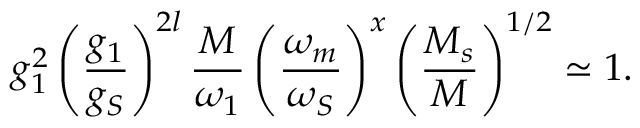
g _ { 1 } ^ { 2 } \left( \frac { g _ { 1 } } { g _ { S } } \right) ^ { 2 l } \frac M { \omega _ { 1 } } \left( \frac { \omega _ { m } } { \omega _ { S } } \right) ^ { x } \left( \frac { M _ { s } } { M } \right) ^ { 1 / 2 } \simeq 1 .